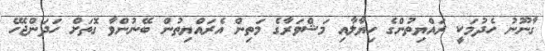
ގާނޫނު ހެދުމަކީ ރައްޔިތުންގެ ހިޔާލާއި މަޝްވަރާގެ މަތިން އެރައްޔިތުން ބޭނުންވާ ގޮތަށް ހަދަންޖެހޭ